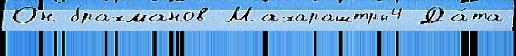
Он брахманов Махараштры4 Да́та